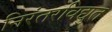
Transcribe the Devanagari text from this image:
निरंतरविद्युत